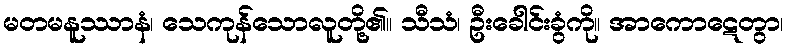
မတမနူဿာနံ၊ သေကုန်သောလူတို့၏။ သီသံ၊ ဦးခေါင်းခွံကို။ အာကောဋေတွာ၊